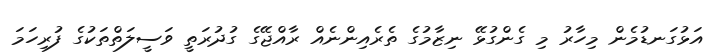
އަޅުގަނޑުމެން މިހާރު މި ގެންގުޅޭ ނިޒާމުގެ ތެރެއިންނެއް ރާއްޖޭގެ ގުދުރަތީ ވަސީލަތްތަކުގެ ފުރިހަމަ